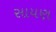
સાયણ